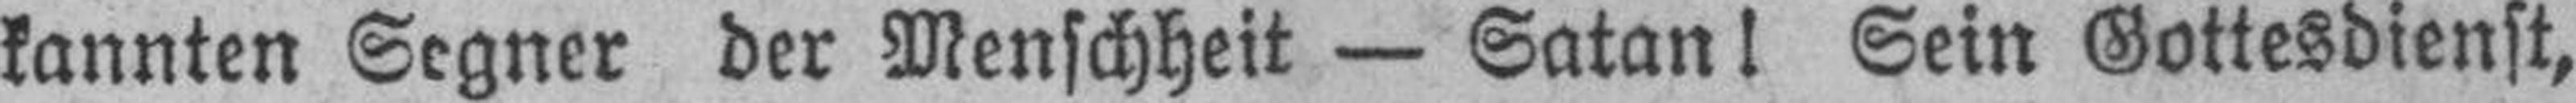
kannten Segner der Menschheit — Satan! Sein Gottesdienst,